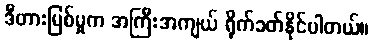
ဒီတားမြစ်မှုက အကြီးအကျယ် ရိုက်ခတ်နိုင်ပါတယ်။